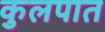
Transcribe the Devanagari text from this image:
कुलपात